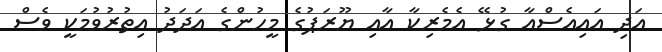
އަދި އަައިއެސްއާ ގުޅޭ އެމެރިކާ އާއި ޔޫރަޕުގެ މީހުންގެ އަދަދު އިތުރުވުމަކީ ވެސް